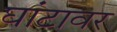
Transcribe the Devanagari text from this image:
घांटावर